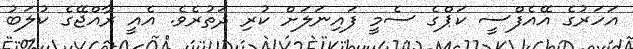
އަހަރުގެ އޭއެފްސީ ކަޕްގެ ސެމީ ފައިނަލަށް ކުރި ދަތުރެވެ. އެއީ ރާއްޖޭގެ ކުލަބު